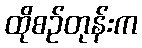
ထိုစဉ်တုန်းက